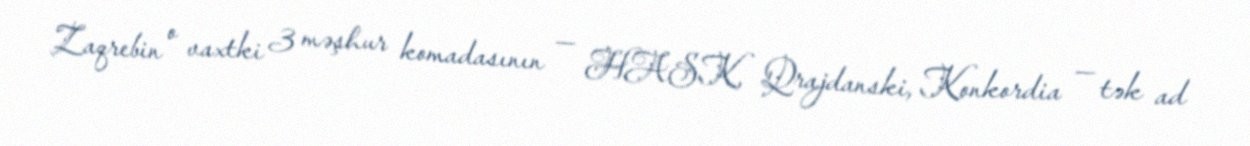
Zaqrebin o vaxtki 3 məşhur komadasının — HASK, Qrajdanski, Konkordia — tək ad